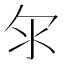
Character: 𣱹